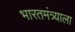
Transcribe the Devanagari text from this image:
भारतमंत्र्याला